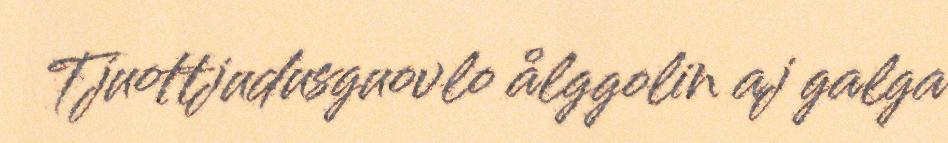
Tjuottjudusguovlo ålggolin aj galga